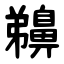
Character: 䶏